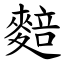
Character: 䴺